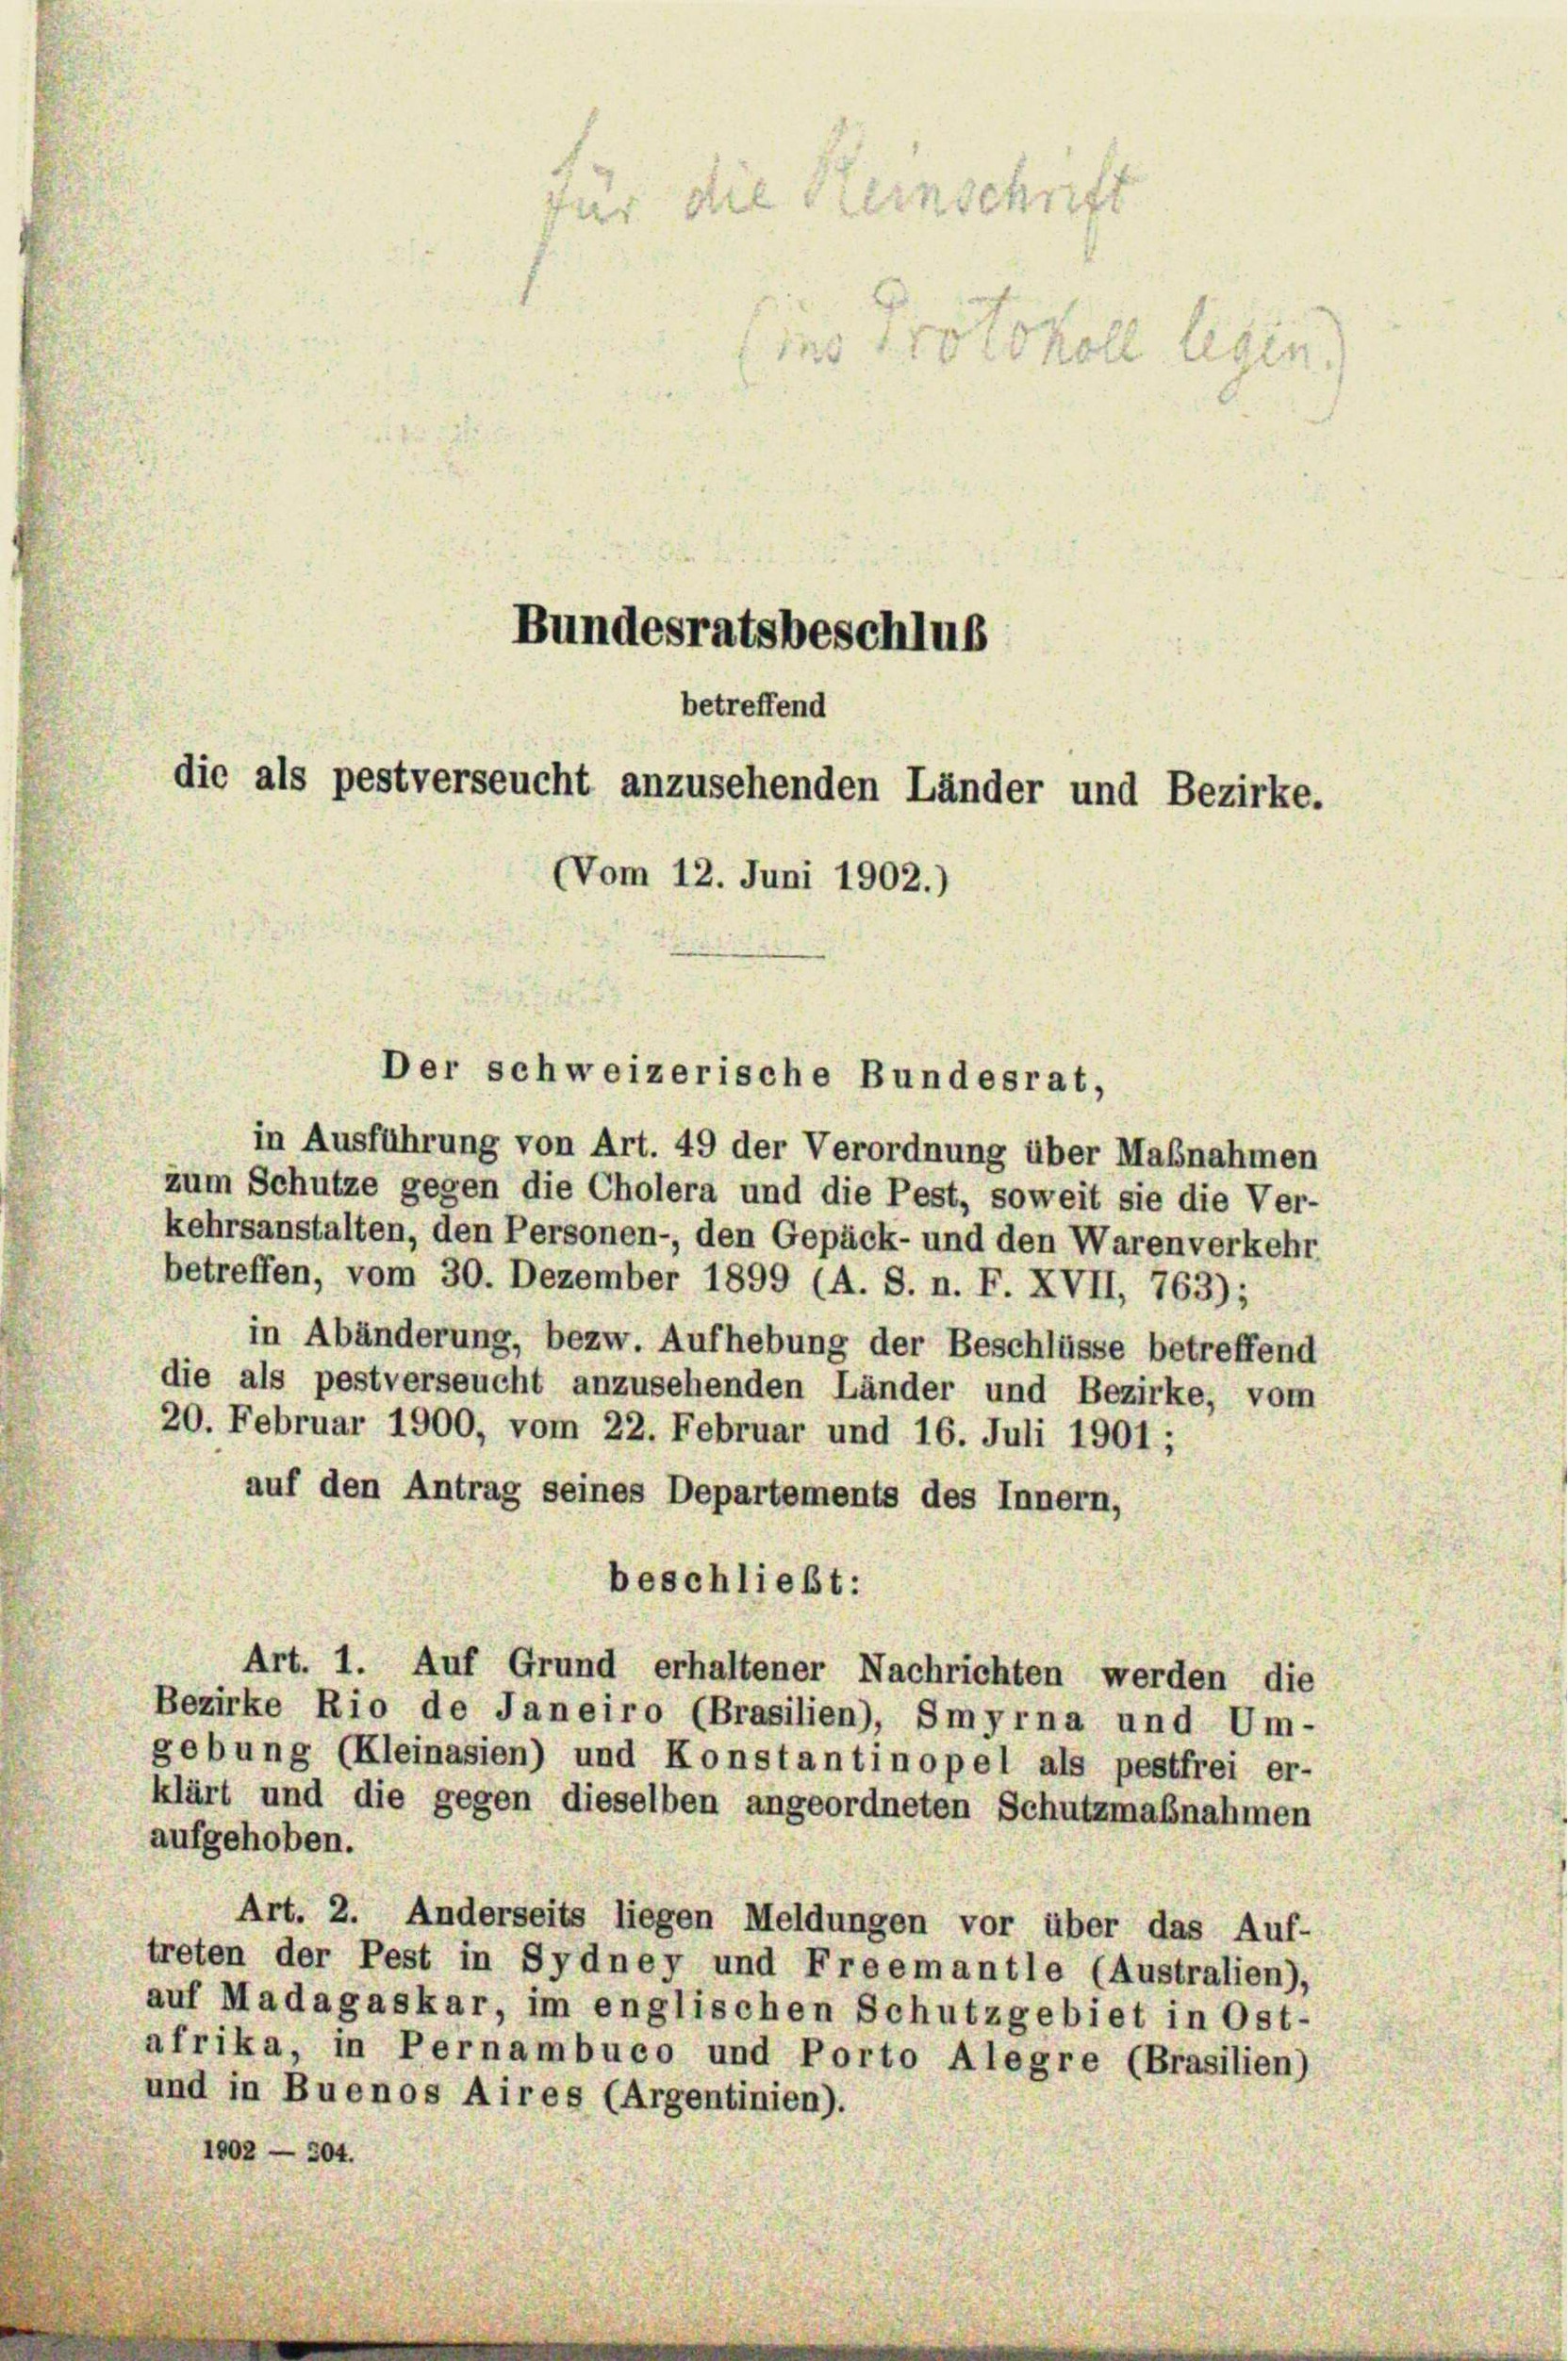
für die Heinschrift
Eine 10 tokoll legen.
Bundesratsbeschluß
betreffend
die als pestverseucht anzusehenden Länder und Bezirke.
Vom 12. Juni 1902.)

Der schweizerische Bundesrat,

in Ausführung von Art. 49 der Verordnung über Maßnahmen
zum Schutze gegen die Cholera und die Pest, soweit sie die Ver-
kehrsanstalten, den Personen-, den Gepäck- und den Warenverkehr
betreffen, vom 30. Dezember 1899 (A. S. n. F. XVII, 763);
in Abänderung, bezw. Aufhebung der Beschlüsse betreffend
die als pestverseucht anzusehenden Länder und Bezirke, vom
20. Februar 1900, vom 22. Februar und 16. Juli 1901 ;
auf den Antrag seines Departements des Innern,
beschließt:
Art. 1. Auf Grund erhaltener Nachrichten werden die
Bezirke Rio de Janeiro (Brasilien), Smyrna und Um-
gebung (Kleinasien) und Konstantinopel als pestfrei er-
klärt und die gegen dieselben angeordneten Schutzmaßnahmen
aufgehoben.
Art. 2. Anderseits liegen Meldungen vor über das Auf-
treten der Pest in Sydney und Freemantle (Australien),
auf Madagaskar, im englischen Schutzgebiet in Ost-
afrika, in Pernambuco und Porto Alegre (Brasilien)
und in Buenos Aires (Argentinien).
1902 — 304.